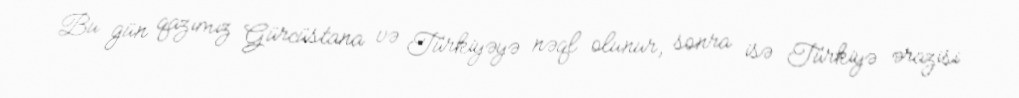
Bu gün qazımız Gürcüstana və Türkiyəyə nəql olunur, sonra isə Türkiyə ərazisi